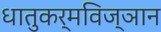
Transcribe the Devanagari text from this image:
धातुकर्मविज्ञान